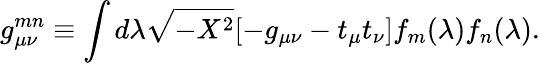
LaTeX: g_{\mu\nu}^{mn}\equiv\int d\lambda\sqrt{-X^{2}}[-g_{\mu\nu}-t_{\mu}t_{\nu}]f_{m}(\lambda)f_{n}(\lambda).